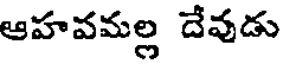
ఆహవమల్ల దేవుడు